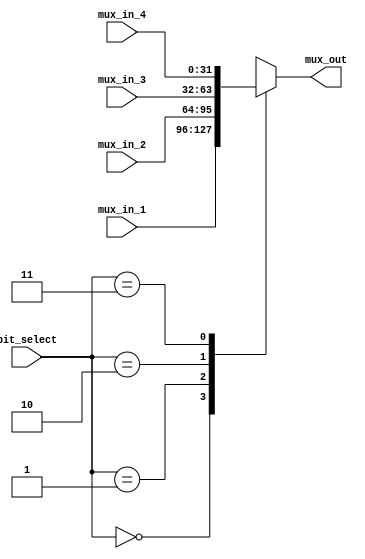
//////////////////////////////////////////////////////////////////////////////////
// Company: 
// Engineer: 
// 
// Design Name: 
// Module Name:    mux_3_a_1 
// Project Name: 
// Target Devices: 
// Tool versions: 
// Description: 
//
// Dependencies: 
//
// Revision: 
// Revision 0.01 - File Created
// Additional Comments: 
//
//////////////////////////////////////////////////////////////////////////////////
module elbeth_mux_4_to_1(
	input [31:0]		mux_in_1,
	input [31:0]		mux_in_2,
	input [31:0]		mux_in_3,
	input [31:0]		mux_in_4,
	input [1:0]			bit_select,
	output reg [31:0]		mux_out 
    );
always @(*) begin	 
					case (bit_select)
							2'b00: begin mux_out = mux_in_1; end
							2'b01: begin mux_out = mux_in_2; end
							2'b10: begin mux_out = mux_in_3; end
							2'b11: begin mux_out = mux_in_4; end
				   endcase 
				end
endmodule